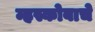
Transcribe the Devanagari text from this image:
म्हस्कोबाचे